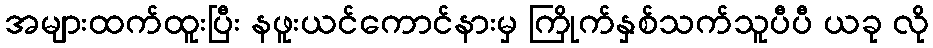
အများထက်ထူးပြီး နဖူးယင်ကောင်နားမှ ကြိုက်နှစ်သက်သူပီပီ ယခု လို